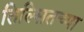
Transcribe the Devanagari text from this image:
तिल्सितच्या